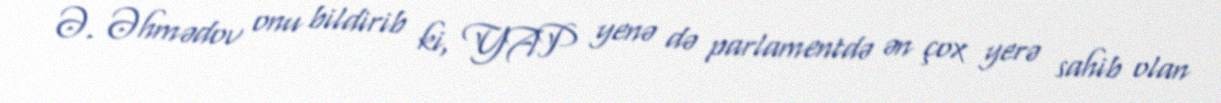
Ə. Əhmədov onu bildirib ki, YAP yenə də parlamentdə ən çox yerə sahib olan